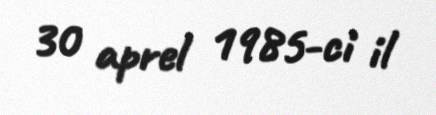
30 aprel 1985-ci il